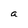
Character: a